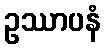
ဥဿာပနံ